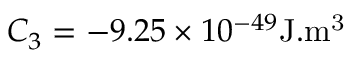
C _ { 3 } = - 9 . 2 5 \times 1 0 ^ { - 4 9 } \mathrm { J . m ^ { 3 } }